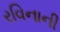
રવિનાની